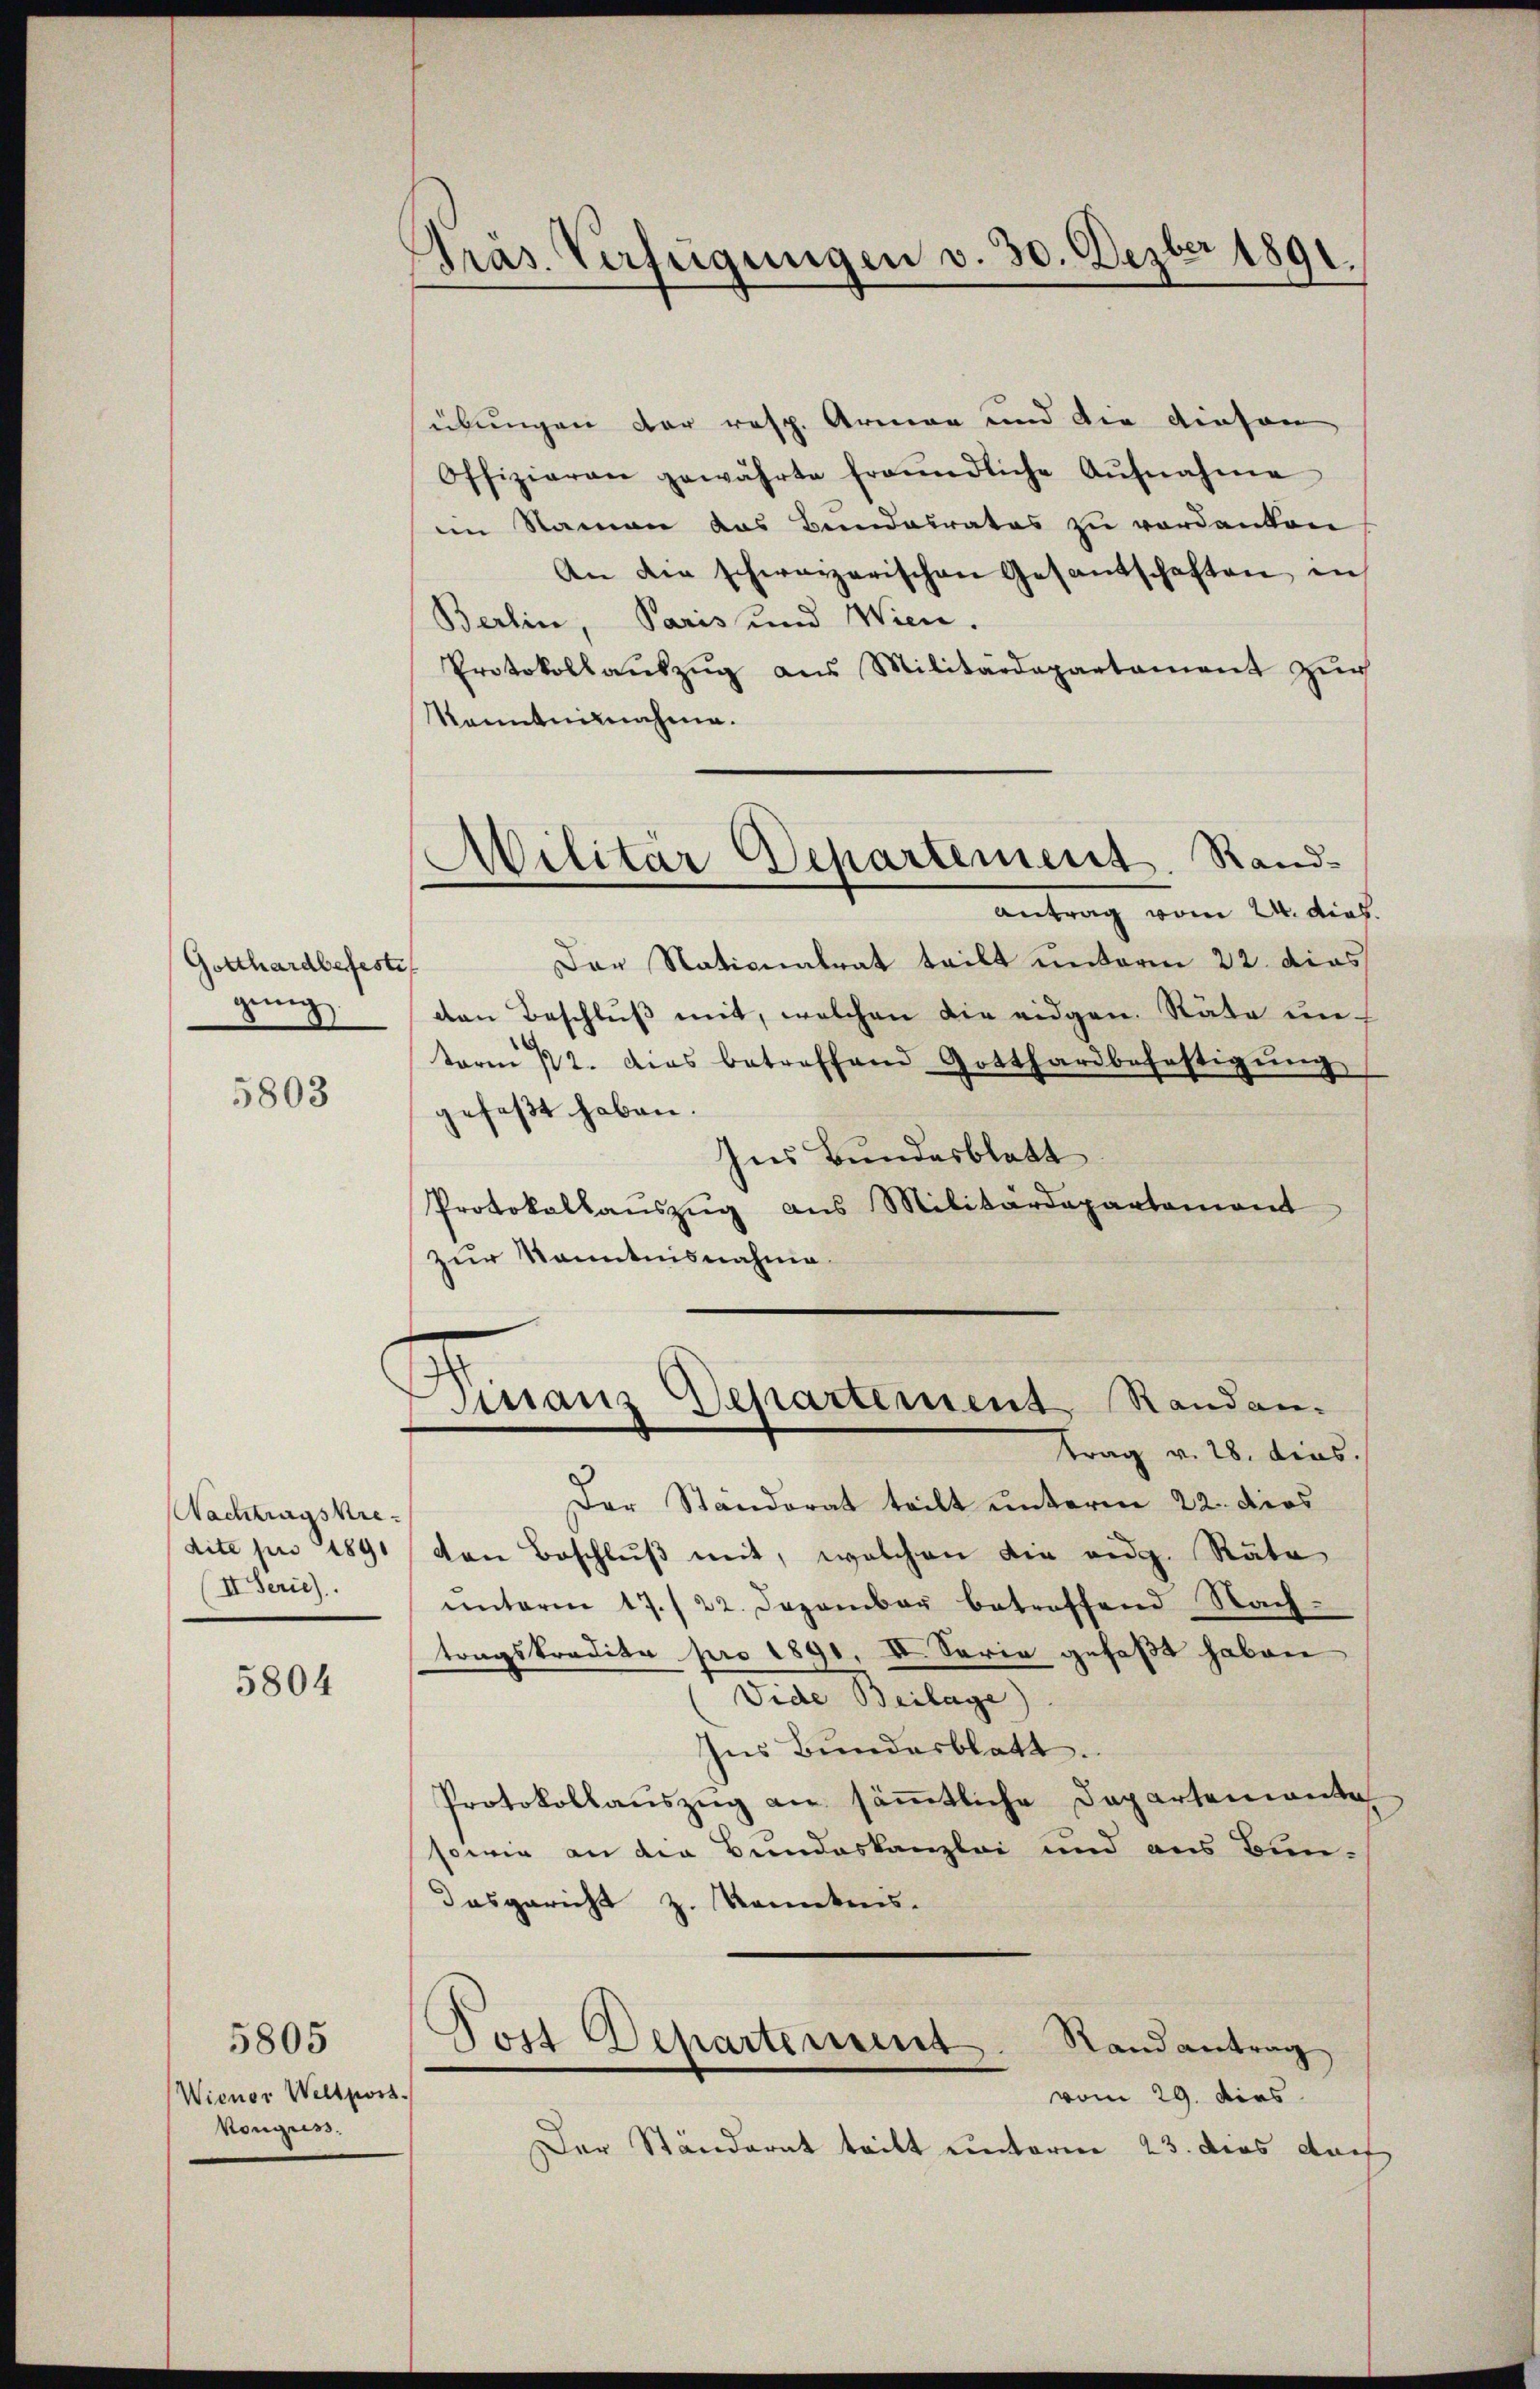
Gotthardbefeste
ging.

5803

Nachtragskredite pro 1891
II. Serie).

5804

5805
Wienor Weltposs
Konguss.

Gras Verfügungen v. 30. Dezber 1891.

übungen der resp. Armen und die diesen
Offizieren gewährte freŭndliche Aŭfnahme
im Namen das Bundalrates zu verdanken
An die schwarzerischen Gesandschaften in
Berlin, Paris und Wien.
Protokollaŭszŭg aŭs Militärdepartament zŭr
kanntnisnahme.
Der Nationalrat teilt unterm 22. dies
den Beschluß mit, welchen die eidgen. Räte unterm 12. dies betreffend Gotthardbefestigŭng
gefaßt haben.
Ins Bundesblatt
Protokollaŭszŭg aŭs Militärdepartement
zur Kenntnisnahme

Militär Departement. Rand-
Antrag vom 24. dies

Finanz Departement, Randen.
trag v. 28. dies.

Der Ständerat teilt unterm 22. dies
den Beschluß mit, welchen die eidg. Räte
ŭnterm 17./22. Dezember betreffend Nach
tragskredita pro 1891, II. Serie gefaßt haben
Vide Beilage)
Ins Bundesblatt.
Protokollaŭszŭg an säṁtliche Departenante
sowie an die Bundeskanzlei und aus Bun-
Dasgericht z. Kenntnis.
Post Departemens
Randantrag
vom 29. dies
Der Ständerat tritt unterm 23. dies dach